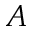
{ \cal A }